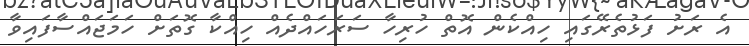
އެ ރަށު ފަޅުތެރޭގައި ހިއްކެން އޮތް ހުރިހާ ސަރަހައްދެއް ހިއްކާ ގޮތަށް ހަމަޖައްސާފައިވާ